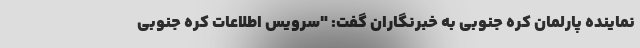
نماینده پارلمان کره جنوبی به خبرنگاران گفت: "سرویس اطلاعات کره جنوبی